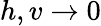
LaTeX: h,v\rightarrow 0